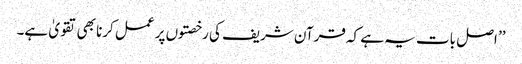
’’ اصل بات یہ ہے کہ قرآن شریف کی رخصتوں پر عمل کرنا بھی تقویٰ ہے۔